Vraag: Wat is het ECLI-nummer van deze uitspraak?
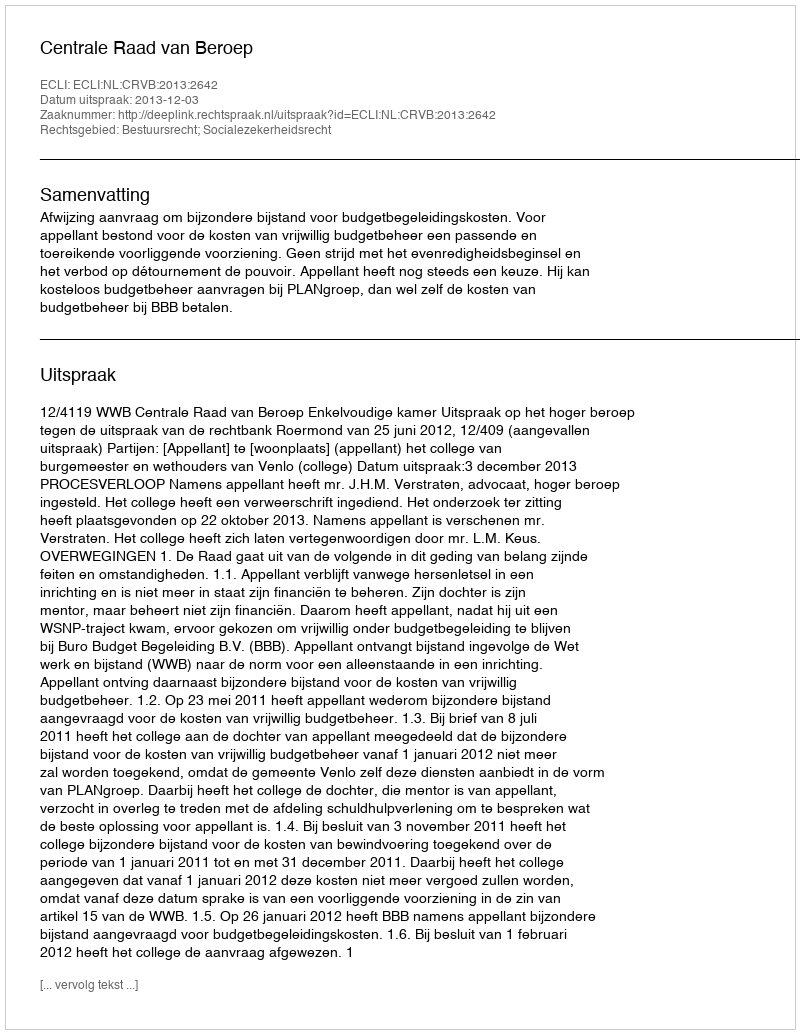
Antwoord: ECLI:NL:CRVB:2013:2642